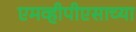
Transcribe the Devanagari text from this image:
एमव्हीपीएसाच्या